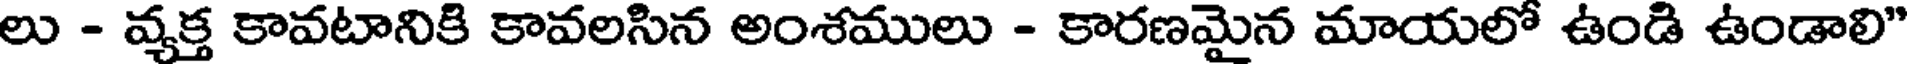
లు - వ్యక్త కావటానికి కావలసిన అంశములు - కారణమైన మాయలో ఉండి ఉండాలి"